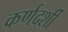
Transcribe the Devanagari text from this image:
कर्णदर्शी